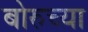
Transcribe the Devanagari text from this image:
बोरुच्या